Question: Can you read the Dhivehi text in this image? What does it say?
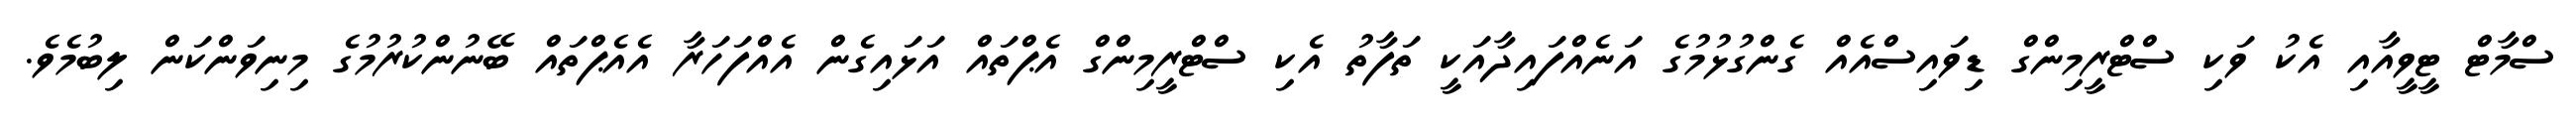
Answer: ސްމާޓް ޓީވީއާއި އެކު ވަކި ސްޓްރީމިންގް ޑިވައިސްއެއް ގެންގުޅުމުގެ އަނެއްފައިދާއަކީ ތަފާތު އެކި ސްޓްރީމިންގް އެޕްތައް އަޅައިގެން އެއްފަހަރާ އެއެޕްތައް ބޭނުންކުރުމުގެ މިނިވަންކަން ލިބުމެވެ.